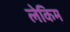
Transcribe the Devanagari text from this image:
लेकिम